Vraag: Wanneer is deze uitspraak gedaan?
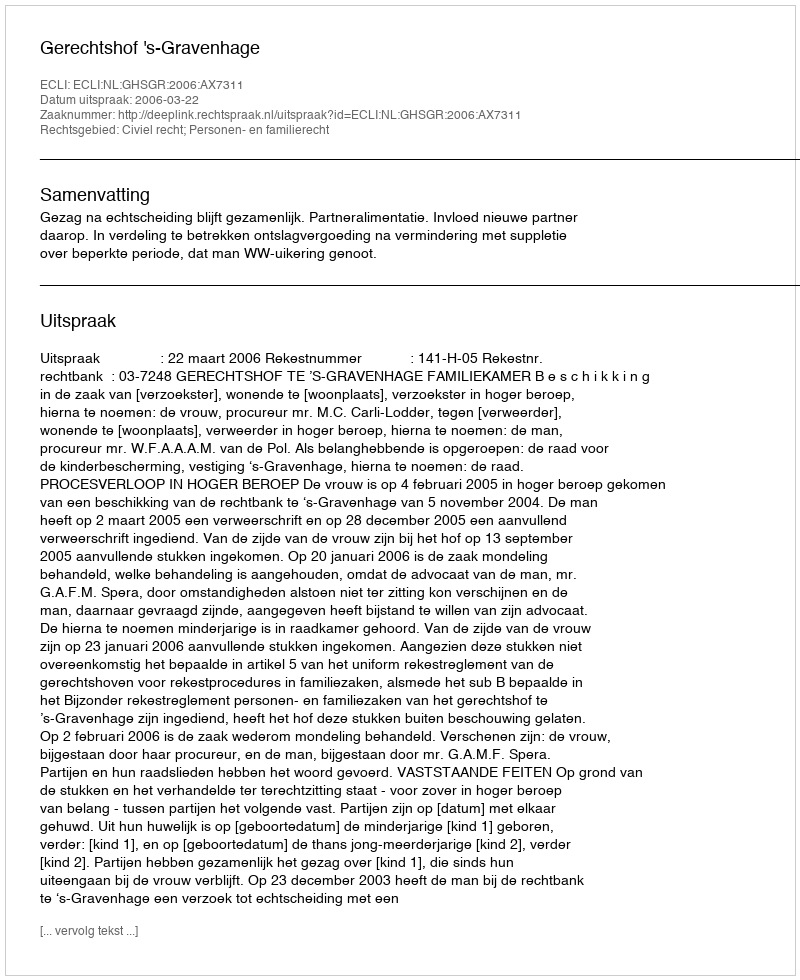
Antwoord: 2006-03-22